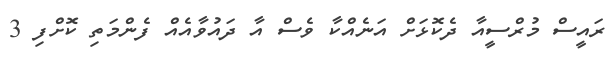
ރައީސް މުރްސީއާ ދެކޮޅަށް އަނެއްކާ ވެސް އާ ދައުވާއެއް ފެންމަތި ކޮށްފި 3